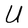
Character: U